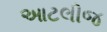
આટલીજ